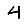
Digit: 4